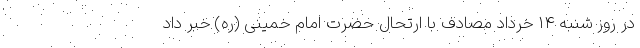
در روز شنبه ۱۴ خرداد مصادف با ارتحال حضرت امام خمینی (ره) خبر داد